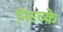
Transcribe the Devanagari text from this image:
निस्च्के